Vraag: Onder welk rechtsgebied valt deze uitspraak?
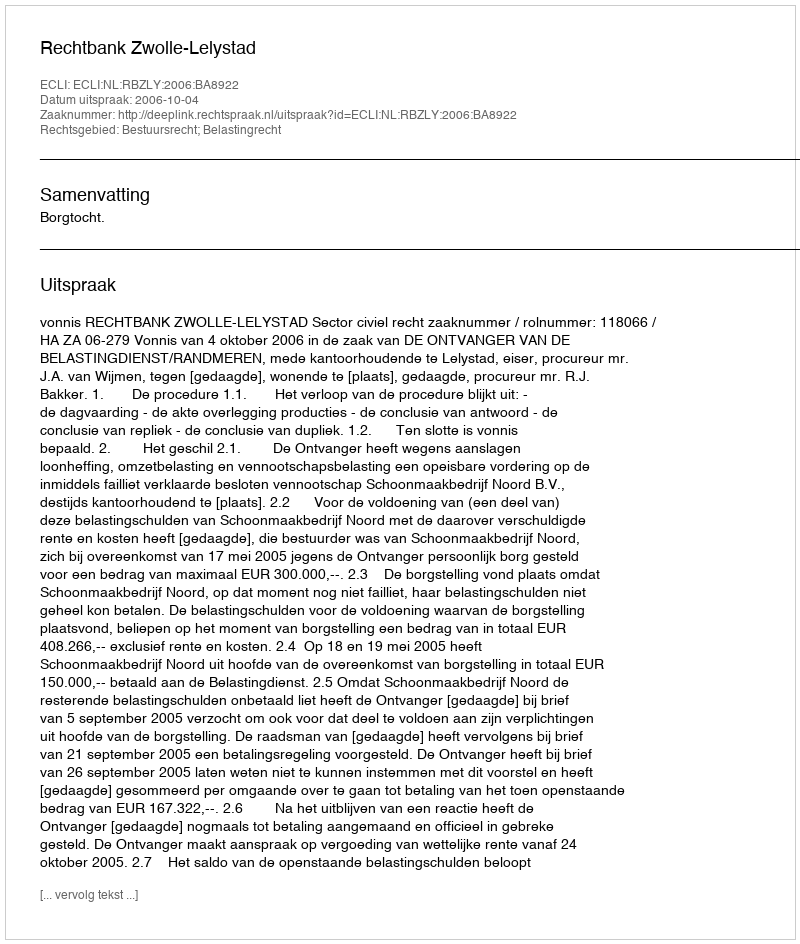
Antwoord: Bestuursrecht; Belastingrecht